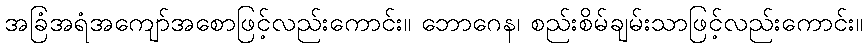
အခြံအရံအကျော်အစောဖြင့်လည်းကောင်း။ ဘောဂေန၊ စည်းစိမ်ချမ်းသာဖြင့်လည်းကောင်း။